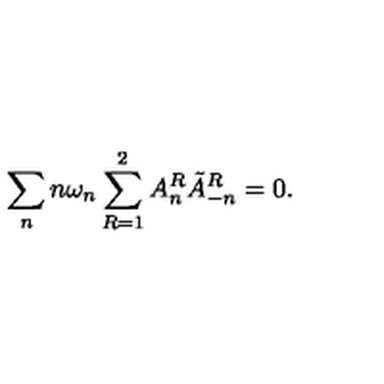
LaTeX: \sum _ { n } n \omega _ { n } \sum _ { R = 1 } ^ { 2 } A _ { n } ^ { R } \tilde { A } _ { - n } ^ { R } = 0 .